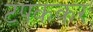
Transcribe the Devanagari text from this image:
टपककर